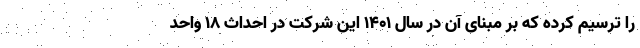
را ترسیم کرده که بر مبنای آن در سال ۱۴۰۱ این شرکت در احداث ۱۸ واحد